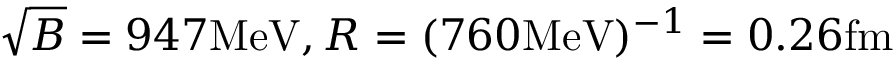
\sqrt { B } = 9 4 7 \mathrm { { M e V } } , R = ( 7 6 0 { \mathrm { M e V } } ) ^ { - 1 } = 0 . 2 6 \mathrm { { f m } }